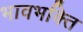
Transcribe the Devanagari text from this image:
भावभक्ति